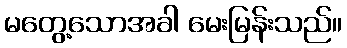
မတွေ့သောအခါ မေးမြန်းသည်။